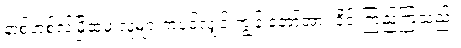
နာ့စ်ဟစ်လ်မြို့ထဲမှ လူများကပင်လျှင် ကျွန် တော့်အား ဝိုင်းကြည့်ကြသည်။